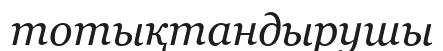
тотықтандырушы